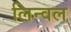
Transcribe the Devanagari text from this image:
लिन्वल